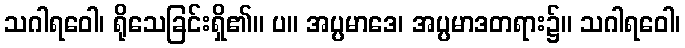
သဂါရဝေါ၊ ရိုသေခြင်းရှိ၏။ ပ။ အပ္ပမာဒေ၊ အပ္ပမာဒတရား၌။ သဂါရဝေါ၊